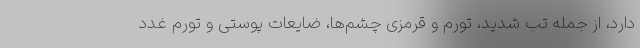
دارد، از جمله تب شدید، تورم و قرمزی چشم‌ها، ضایعات پوستی و تورم غدد